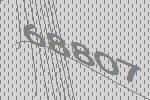
68807